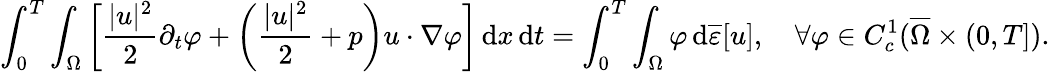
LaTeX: \int_{0}^{T}\int_{\Omega}\left[\frac{|u|^{2}}{2}\partial_{t}\varphi+\left(\frac{|u|^{2}}{2}+p\right)u\cdot\nabla\varphi\right]\, \mathrm{d}x\, \mathrm{d}t=\int_{0}^{T}\int_{\Omega}\varphi\, \mathrm{d}\overline{\varepsilon}[u],\quad\forall\varphi\in C_{c}^{1}(\overline{\Omega}\times(0,T]).